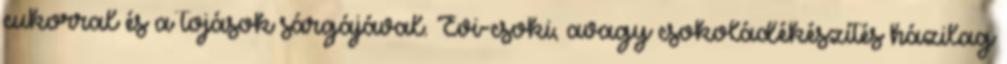
cukorral és a tojások sárgájával. Évi-csoki, avagy csokoládékészítés házilag